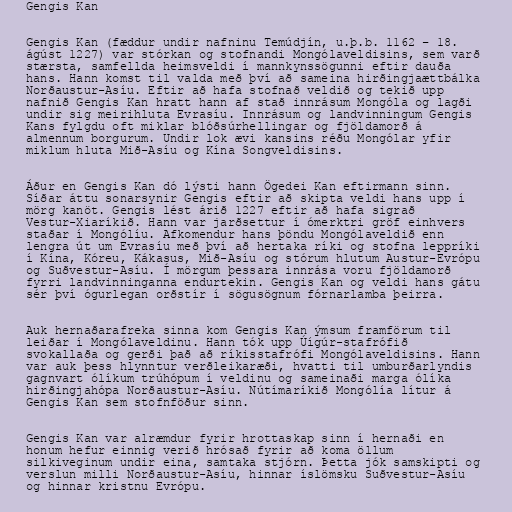
Gengis Kan

Gengis Kan (fæddur undir nafninu Temúdjín, u.þ.b. 1162 – 18.
ágúst 1227) var stórkan og stofnandi Mongólaveldisins, sem varð
stærsta, samfellda heimsveldi í mannkynssögunni eftir dauða
hans. Hann komst til valda með því að sameina hirðingjaættbálka
Norðaustur-Asíu. Eftir að hafa stofnað veldið og tekið upp
nafnið Gengis Kan hratt hann af stað innrásum Mongóla og lagði
undir sig meirihluta Evrasíu. Innrásum og landvinningum Gengis
Kans fylgdu oft miklar blóðsúrhellingar og fjöldamorð á
almennum borgurum. Undir lok ævi kansins réðu Mongólar yfir
miklum hluta Mið-Asíu og Kína Songveldisins.

Áður en Gengis Kan dó lýsti hann Ögedei Kan eftirmann sinn.
Síðar áttu sonarsynir Gengis eftir að skipta veldi hans upp í
mörg kanöt. Gengis lést árið 1227 eftir að hafa sigrað
Vestur-Xiaríkið. Hann var jarðsettur í ómerktri gröf einhvers
staðar í Mongólíu. Afkomendur hans þöndu Mongólaveldið enn
lengra út um Evrasíu með því að hertaka ríki og stofna leppríki
í Kína, Kóreu, Kákasus, Mið-Asíu og stórum hlutum Austur-Evrópu
og Suðvestur-Asíu. Í mörgum þessara innrása voru fjöldamorð
fyrri landvinninganna endurtekin. Gengis Kan og veldi hans gátu
sér því ógurlegan orðstír í sögusögnum fórnarlamba þeirra.

Auk hernaðarafreka sinna kom Gengis Kan ýmsum framförum til
leiðar í Mongólaveldinu. Hann tók upp Úígúr-stafrófið
svokallaða og gerði það að ríkisstafrófi Mongólaveldisins. Hann
var auk þess hlynntur verðleikaræði, hvatti til umburðarlyndis
gagnvart ólíkum trúhópum í veldinu og sameinaði marga ólíka
hirðingjahópa Norðaustur-Asíu. Nútímaríkið Mongólía lítur á
Gengis Kan sem stofnföður sinn.

Gengis Kan var alræmdur fyrir hrottaskap sinn í hernaði en
honum hefur einnig verið hrósað fyrir að koma öllum
silkiveginum undir eina, samtaka stjórn. Þetta jók samskipti og
verslun milli Norðaustur-Asíu, hinnar íslömsku Suðvestur-Asíu
og hinnar kristnu Evrópu.